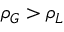
\rho _ { G } > \rho _ { L }